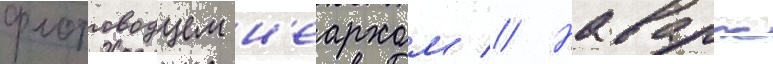
флотоводцем н'еархом // Наварх